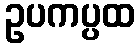
ဥပကပ္ပထ